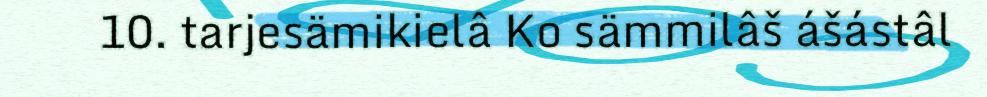
10. tarjesämikielâ Ko sämmilâš ášástâl